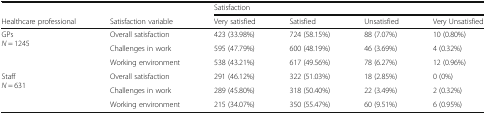
<table><thead><tr><td></td><td></td><td colspan="4"><b>Satisfaction</b></td></tr><tr><td><b>Healthcare professional</b></td><td><b>Satisfaction variable</b></td><td><b>Very satisfied</b></td><td><b>Satisfied</b></td><td><b>Unsatisfied</b></td><td><b>Very Unsatisfied</b></td></tr></thead><tbody><tr><td rowspan="3">GPs<i>N</i> = 1245</td><td>Overall satisfaction</td><td>423 (33.98%)</td><td>724 (58.15%)</td><td>88 (7.07%)</td><td>10 (0.80%)</td></tr><tr><td>Challenges in work</td><td>595 (47.79%)</td><td>600 (48.19%)</td><td>46 (3.69%)</td><td>4 (0.32%)</td></tr><tr><td>Working environment</td><td>538 (43.21%)</td><td>617 (49.56%)</td><td>78 (6.27%)</td><td>12 (0.96%)</td></tr><tr><td rowspan="3">Staff<i>N</i> = 631</td><td>Overall satisfaction</td><td>291 (46.12%)</td><td>322 (51.03%)</td><td>18 (2.85%)</td><td>0 (0%)</td></tr><tr><td>Challenges in work</td><td>289 (45.80%)</td><td>318 (50.40%)</td><td>22 (3.49%)</td><td>2 (0.32%)</td></tr><tr><td>Working environment</td><td>215 (34.07%)</td><td>350 (55.47%)</td><td>60 (9.51%)</td><td>6 (0.95%)</td></tr></tbody></table>